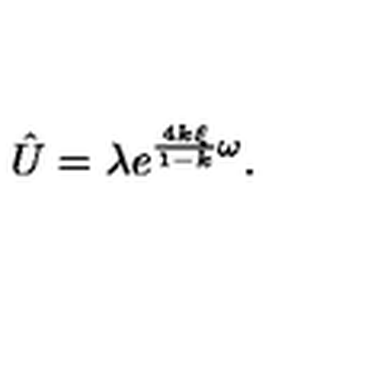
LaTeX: \hat { U } = \lambda e ^ { \frac { 4 k \xi } { 1 - k } \omega } .